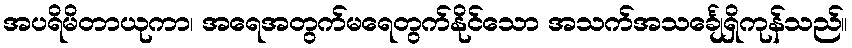
အပရိမိတာယုကာ၊ အရေအတွက်မရေတွက်နိုင်သော အသက်အသင်္ချေရှိကုန်သည်။